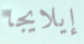
إيلايجا